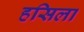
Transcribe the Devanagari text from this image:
हसिला